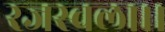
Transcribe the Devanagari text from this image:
रजस्वला।।